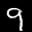
Label: 9